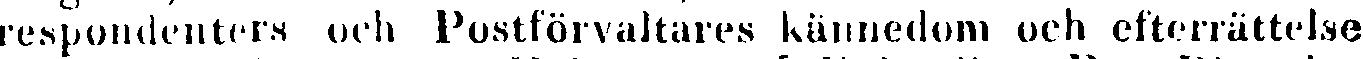
respondentera och Postförvaltares kännedom och efterrättelse